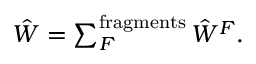
\begin{array} { r } { \hat { W } = \sum _ { F } ^ { \mathrm { f r a g m e n t s } } \hat { W } ^ { F } . } \end{array}